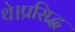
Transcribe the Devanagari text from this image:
थे।प्रसिद्ध